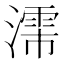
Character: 𬉈